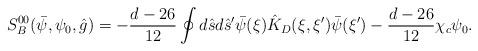
LaTeX: \begin{align*}{S_B^{00}}(\bar{\psi},{\psi_0},\hat{g})=-{{d-26}\over{12}}\oint{d}\hat{s}d{\hat{s}'}\bar{\psi}(\xi){\hat{K}_{D}}(\xi,\xi')\bar{\psi}(\xi')-{{d-26}\over{12}}{\chi_c}{\psi_0}.\end{align*}